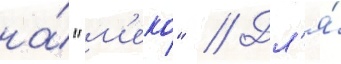
на́ "м'еко" // Дл'я́